Civil Veterinary Department. United Provinces 1923-31 - 1923-1931
Year: 1923
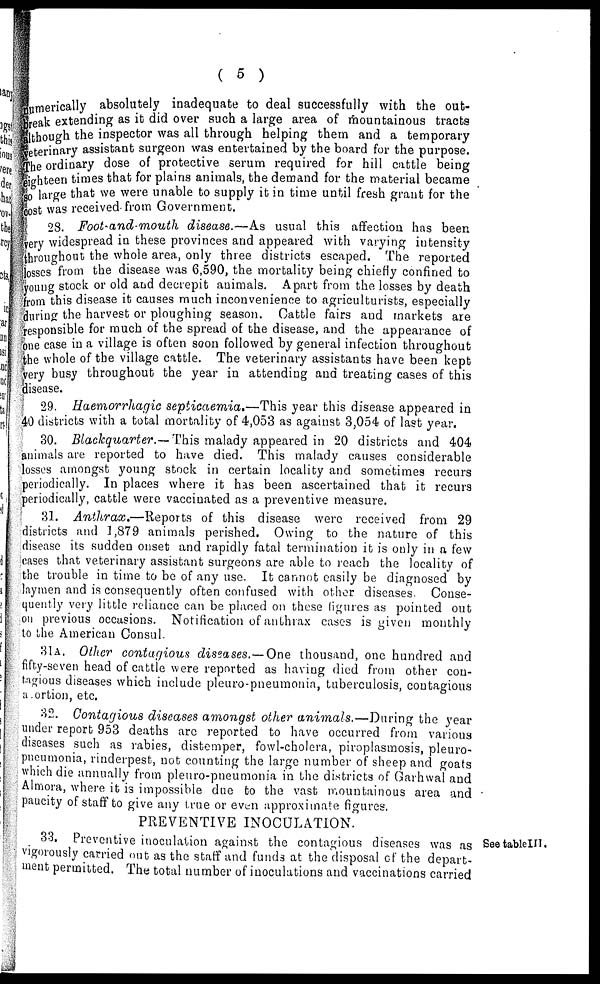
( 5 )
numerically absolutely inadequate to deal successfully with the out-
break extending as it did over such a large area of mountainous tracts
although the inspector was all through helping them and a temporary
veterinary assistant surgeon was entertained by the board for the purpose.
The ordinary dose of protective serum required for hill cattle being
eighteen times that for plains animals, the demand for the material became
so large that we were unable to supply it in time until fresh grant for the
cost was received from Government.
28. Foot-and-mouth disease.—As usual this affection has been
very widespread in these provinces and appeared with varying intensity
throughout the whole area, only three districts escaped. The reported
losses from the disease was 6,590, the mortality being chiefly confined to
young stock or old and decrepit animals. Apart from the losses by death
from this disease it causes much inconvenience to agriculturists, especially
during the harvest or ploughing season. Cattle fairs and markets are
responsible for much of the spread of the disease, and the appearance of
one case in a village is often soon followed by general infection throughout
the whole of the village cattle. The veterinary assistants have been kept
very busy throughout the year in attending and treating cases of this
disease.
29. Haemorrhagic septicaemia.—This year this disease appeared in
40 districts with a total mortality of 4,053 as against 3,054 of last year.
30. Blackquarter.— This malady appeared in 20 districts and 404
animals are reported to have died. This malady causes considerable
losses amongst young stock in certain locality and sometimes recurs
periodically. In places where it has been ascertained that it recurs
periodically, cattle were vaccinated as a preventive measure.
31. Anthrax.—Reports
of this disease were received from 29
districts and 1,879 animals perished. Owing to the nature of this
disease its sudden onset and rapidly fatal termination it is only in a few
cases that veterinary assistant surgeons are able to reach the locality of
the trouble in time to be of any use. It cannot easily be diagnosed by
laymen and is consequently often confused with other diseases. Conse-
quently very little reliance can be placed on these figures as pointed out
on previous occasions. Notification of anthrax cases is given monthly
to the American Consul.
31A. Other contagious diseases.—One thousand, one hundred and
fifty-seven head of cattle were reported as having died from other con-
tagious diseases which include pleuro-pneumonia, tuberculosis, contagious
abortion, etc.
32. Contagious diseases amongst other animals.—During
the year
under report 953 deaths are reported to have occurred from various
diseases such as rabies, distemper, fowl-cholera, piroplasmosis, pleuro-
pneumonia, rinderpest, not counting the large number of sheep and goats
which die annually from pleuro-pneumonia in the districts of Garhwal and
Almora, where it is impossible due to the vast mountainous area and
paucity of staff to give any true or even approximate figures.
PREVENTIVE INOCULATION.
See table III.
33, Preventive inoculation against the contagious diseases was as
vigorously carried out as the staff and funds at the disposal of the depart-
ment permitted. The total number of inoculations and vaccinations carried